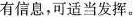
有信息，可适当发挥。